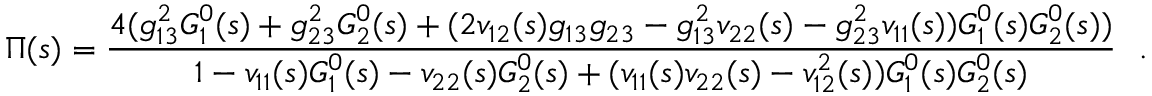
\Pi ( s ) = \frac { 4 ( g _ { 1 3 } ^ { 2 } G _ { 1 } ^ { 0 } ( s ) + g _ { 2 3 } ^ { 2 } G _ { 2 } ^ { 0 } ( s ) + ( 2 v _ { 1 2 } ( s ) g _ { 1 3 } g _ { 2 3 } - g _ { 1 3 } ^ { 2 } v _ { 2 2 } ( s ) - g _ { 2 3 } ^ { 2 } v _ { 1 1 } ( s ) ) G _ { 1 } ^ { 0 } ( s ) G _ { 2 } ^ { 0 } ( s ) ) } { 1 - v _ { 1 1 } ( s ) G _ { 1 } ^ { 0 } ( s ) - v _ { 2 2 } ( s ) G _ { 2 } ^ { 0 } ( s ) + ( v _ { 1 1 } ( s ) v _ { 2 2 } ( s ) - v _ { 1 2 } ^ { 2 } ( s ) ) G _ { 1 } ^ { 0 } ( s ) G _ { 2 } ^ { 0 } ( s ) } \ \ .